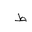
Letter: _da